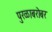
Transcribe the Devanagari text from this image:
पुरळाबरोबर